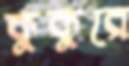
কুকুরে